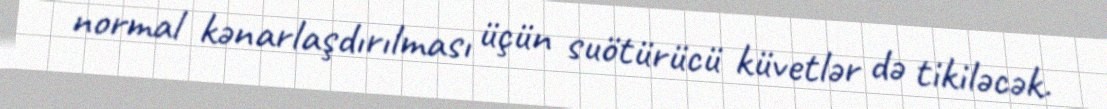
normal kənarlaşdırılması üçün suötürücü küvetlər də tikiləcək.